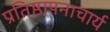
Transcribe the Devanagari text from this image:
प्रतिष्ठापनाचार्य